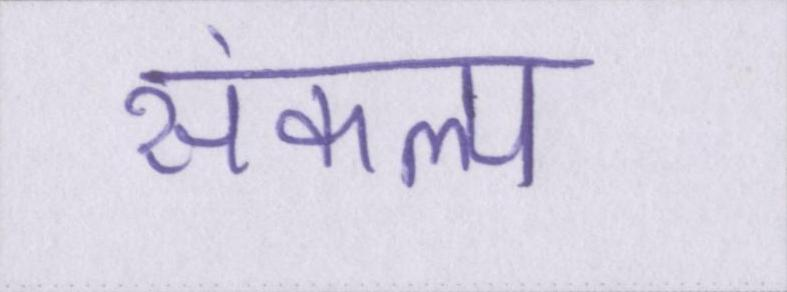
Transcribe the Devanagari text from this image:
संकल्प